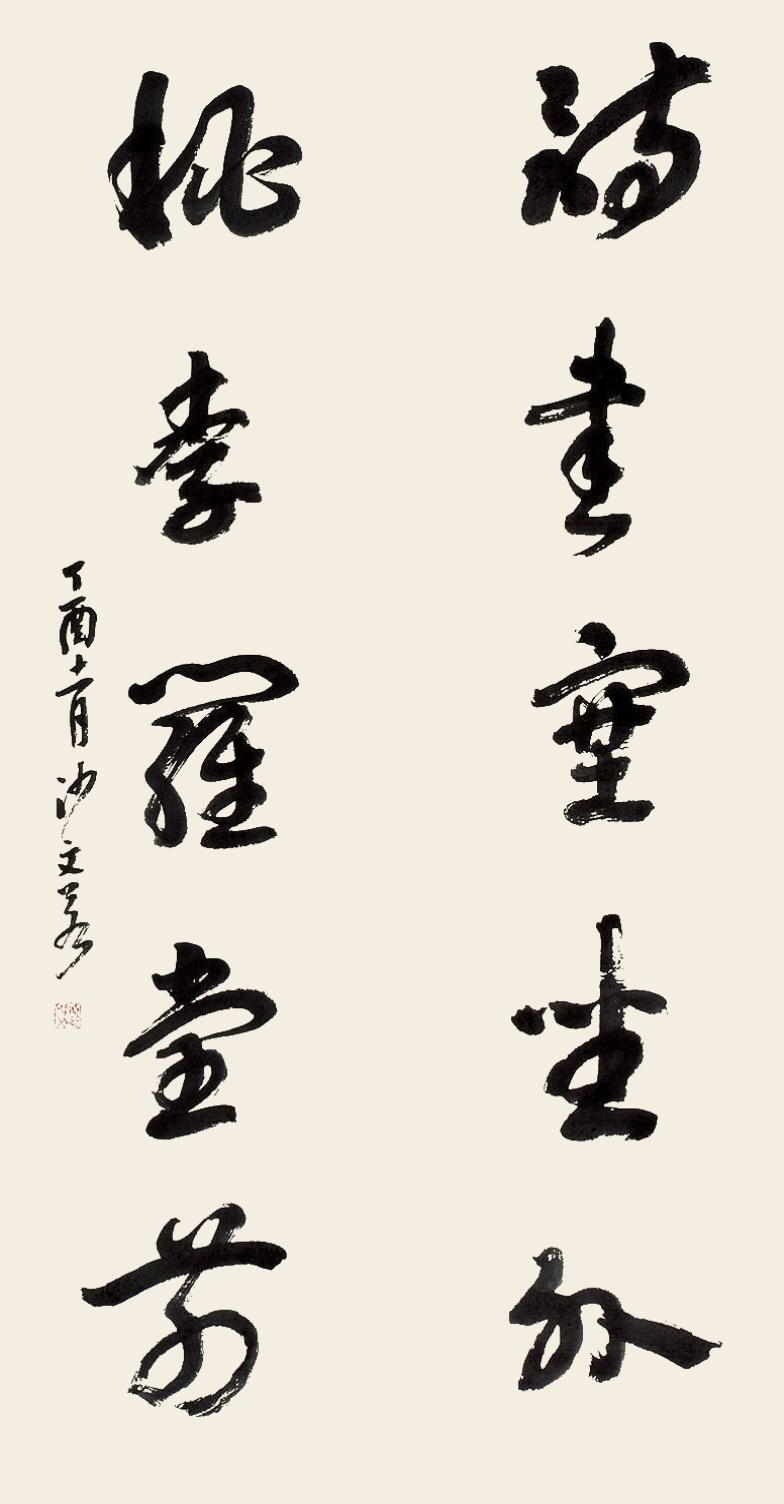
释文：诗书塞坐外，桃李罗堂前。丁酉十一月沙文若。